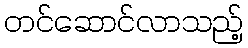
တင်ဆောင်လာသည့်